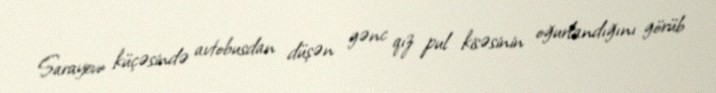
Sarayevo küçəsində avtobusdan düşən gənc qız pul kisəsinin oğurlandığını görüb